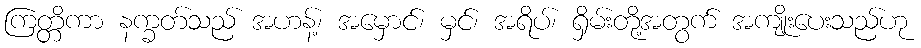
ကြတ္တိကာ နက္ခတ်သည် အဟန့်၊ အမှောင်၊ မှင်၊ အရိပ်၊ ရှိမ်းတို့အတွက် အကျိုးပေးသည်ဟု